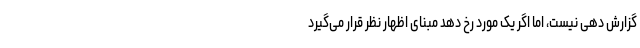
گزارش دهی نیست، اما اگر یک مورد رخ دهد مبنای اظهار نظر قرار می‌گیرد